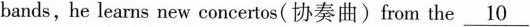
bands,he learns new concertos( 协奏曲)from the \underline{10}